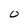
Character: O